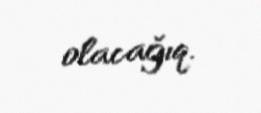
olacağıq.